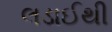
લડાઈથી